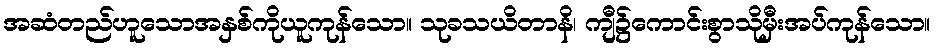
အဆံတည်ဟူသောအနှစ်ကိုယူကုန်သော။ သုခသယိတာနိ၊ ကျီ၌ကောင်းစွာသိုမှီးအပ်ကုန်သော။